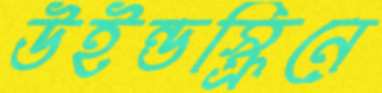
উইন্ডস্ক্রিনে